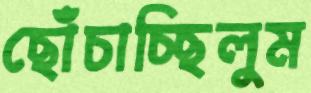
ছোঁচাচ্ছিলুম